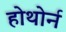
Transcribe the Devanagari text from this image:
होथोर्न